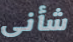
شأنى